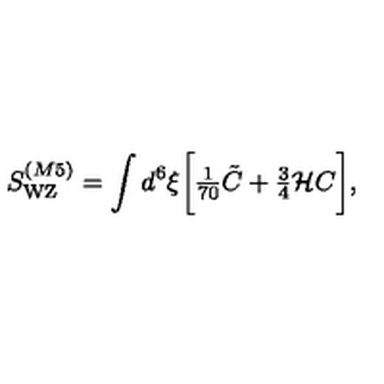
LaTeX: S _ { \mathrm { W Z } } ^ { ( M 5 ) } = \int d ^ { 6 } \xi \biggl [ { \textstyle { \frac { 1 } { 7 0 } } } \tilde { C } + { \textstyle { \frac { 3 } { 4 } } } { \cal H } C \biggr ] ,